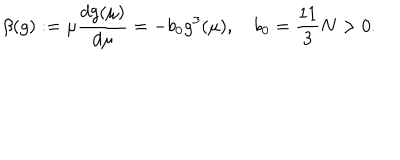
LaTeX: \beta ( g ) : = \mu { \frac { d g ( \mu ) } { d \mu } } = - b _ { 0 } g ^ { 3 } ( \mu ) , \quad b _ { 0 } = { \frac { 1 1 } { 3 } } N > 0 .